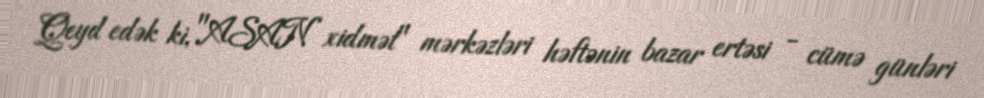
Qeyd edək ki, "ASAN xidmət" mərkəzləri həftənin bazar ertəsi - cümə günləri